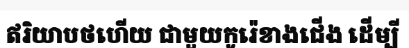
ឥរិយាបថហើយ ជាមួយកូរ៉េខាងជើង ដើម្បី